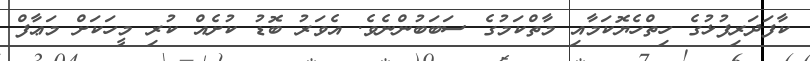
ކާފަދަރިފުޅުގެ ހިތްހެޔޮކަމާއި މާތްކަމުގެ ސަބަބުންނެވެ. އެވަރު ބޮޑު ކުށެއް ކުރި މީހަކަށް މަޢާފް